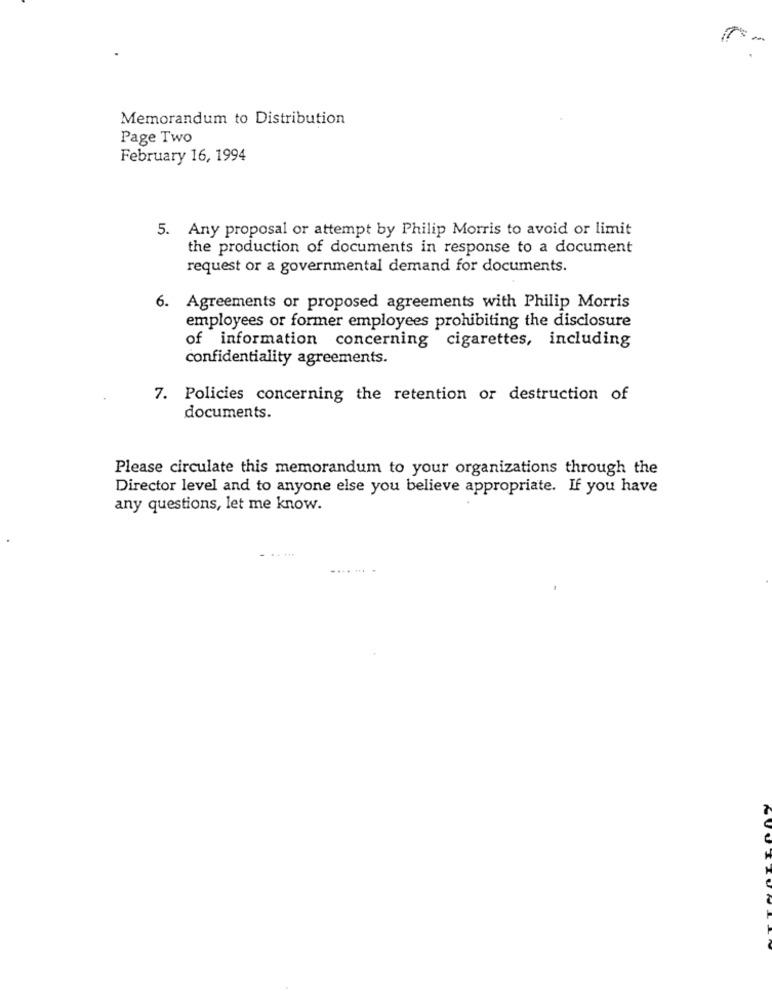
Memorandum to Distribution
Page Two
February 16, 1994
5. Any proposal or attempt by Philip Morris to avoid or limit
the production of documents in response to a document
request or a governmental demand for documents.
6. Agreements or proposed agreements with Philip Morris
employees or former employees prohibiting the disclosure
of information concerning cigarettes, including
confidentiality agreements.
7. Policies concerning the retention or destruction of
documents.
Please circulate this memorandum to your organizations through the
Director level and to anyone else you believe appropriate. If you have
any questions, let me know.